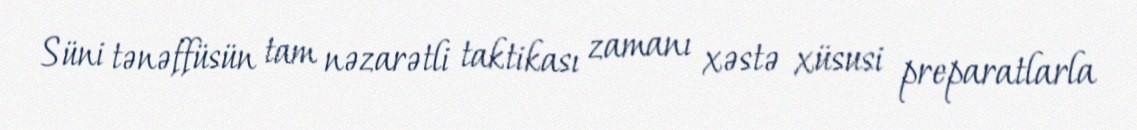
Süni tənəffüsün tam nəzarətli taktikası zamanı xəstə xüsusi preparatlarla